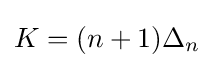
K=(n+1)\Delta _{n}